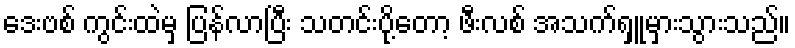
ဒေးဗစ် ကွင်းထဲမှ ပြန်လာပြီး သတင်းပို့တော့ ဖီးလစ် အသက်ရှူမှားသွားသည်။